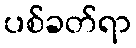
ပစ်ခတ်ရာ